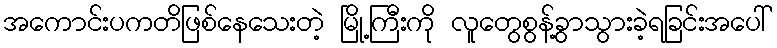
အကောင်းပကတိဖြစ်နေသေးတဲ့ မြို့ကြီးကို လူတွေစွန့်ခွာသွားခဲ့ရခြင်းအပေါ်